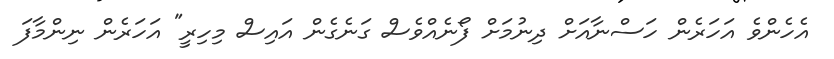
އެހެންވެ އަހަރެން ހަސްނާއަށް ދިނުމަށް ފޯނެއްވެސް ގަނެގެން އައިސް މިހިރީ" އަހަރެން ނިންމާފަ